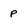
Character: p